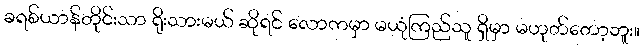
ခရစ်ယာန်တိုင်းသာ ရိုးသားမယ် ဆိုရင် လောကမှာ မယုံကြည်သူ ရှိမှာ မဟုတ်တော့ဘူး။